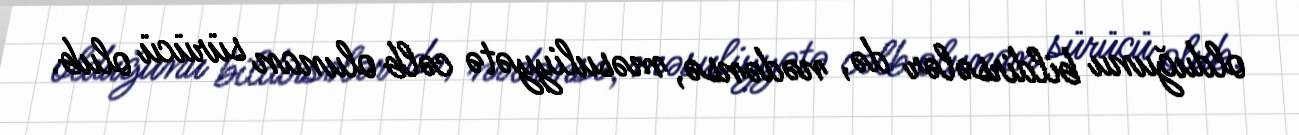
olduğunu bildirsələr də, nədənsə, məsuliyyətə cəlb olunan sürücü olub.